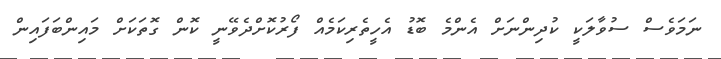
ނަމަވެސް ސުވާލަކީ ކުދިންނަށް އެންމެ ބޮޑު އެހީތެރިކަމެއް ފޯރުކޮށްދެވޭނީ ކޮން ގޮތަކަށް މައިންބަފައިން